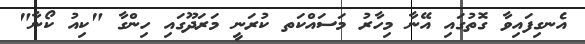
އެނގިފައިވާ ގޮތުގައި އޭނާ މިހާރު މަސައްކަތ ކުރަނީ މަރަދޫގައި ހިންގާ "ކިއު ކޯނާ"